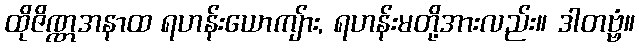
ထိုဇိဏ္ဏအနာထ ရဟန်းယောကျ်ား, ရဟန်းမတို့အားလည်း။ ဒါတဗ္ဗံ။